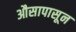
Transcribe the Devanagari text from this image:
औसापासून